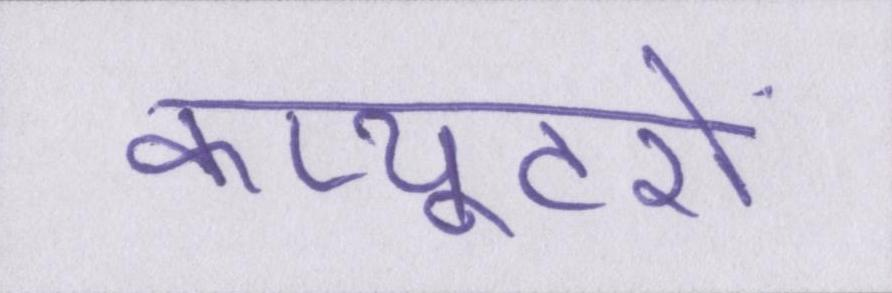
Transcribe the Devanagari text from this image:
कंप्यूटरों